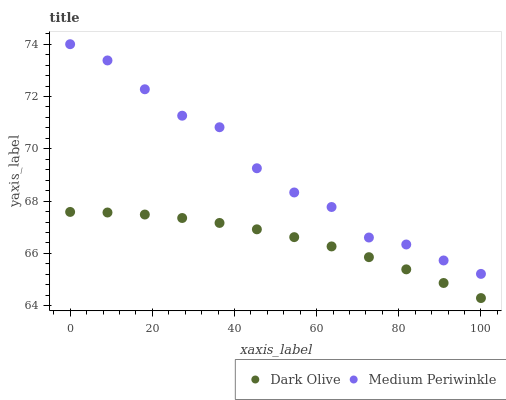
| xaxis_label | Dark Olive | Medium Periwinkle |
 | --- | --- | --- |
 | 0 | 67.6 | 74 |
 | 9.09 | 67.6 | 73.4 |
 | 18.2 | 67.5 | 72.3 |
 | 27.3 | 67.4 | 71.3 |
 | 36.4 | 67.2 | 70.8 |
 | 45.5 | 66.9 | 69.3 |
 | 54.5 | 66.6 | 68.3 |
 | 63.6 | 66.3 | 67.8 |
 | 72.7 | 65.9 | 66.6 |
 | 81.8 | 65.4 | 66.3 |
 | 90.9 | 64.9 | 65.7 |
 | 100 | 64.3 | 65.2 |